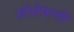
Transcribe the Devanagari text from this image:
जोसेफची